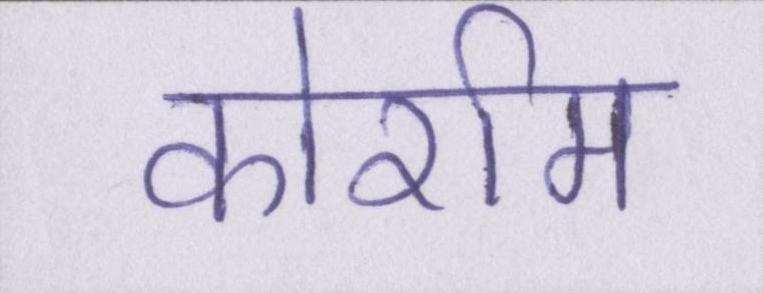
कोर्राम